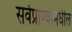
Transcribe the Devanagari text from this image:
सर्वप्राण्यामधील